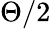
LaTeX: \Theta/2